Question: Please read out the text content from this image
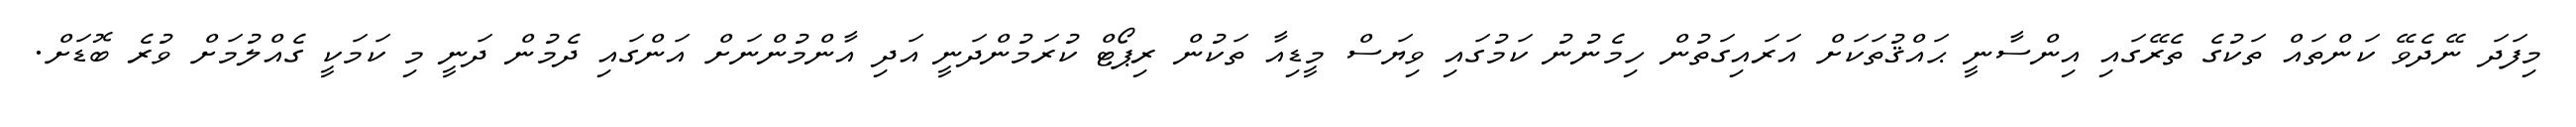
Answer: މިފަދަ ނޭދެވޭ ކަންތައް ތަކުގެ ތެރޭގައި އިންސާނީ ޙައްޤުތަކަށް އަރައިގަތުން ހިމެނުނު ކަމުގައި ވިޔަސް މީޑިއާ ތަކުން ރިޕޯޓް ކުރަމުންދަނީ އަދި އާންމުންނަށް އަންގައި ދެމުން ދަނީ މި ކަމަކީ ގެއްލުމަށް ވުރެ ބޮޑަށް.